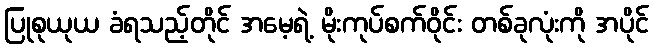
ပြုစုယုယ ခံရသည့်တိုင် အမေ့ရဲ့ မိုးကုပ်စက်ဝိုင်း တစ်ခုလုံးကို အပိုင်